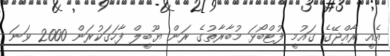
އެއީ ރާއްޖޭގެ ގައުމީ ފުޓްބޯޅަ މުބާރާތުގެ ރަން ޔޫބީލް ފާހަގަކުރަން 2000 ވަނަ